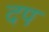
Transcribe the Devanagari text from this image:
दप